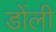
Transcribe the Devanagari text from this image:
डोंली